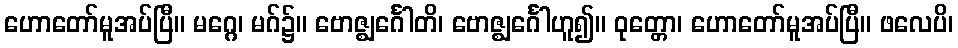
ဟောတော်မူအပ်ပြီ။ မဂ္ဂေ၊ မဂ်၌။ ဗောဇ္ဈင်္ဂေါတိ၊ ဗောဇ္ဈင်္ဂေါဟူ၍။ ဝုတ္တော၊ ဟောတော်မူအပ်ပြီ။ ဖလေပိ၊